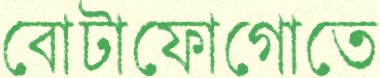
বোটাফোগোতে